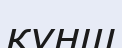
күнш